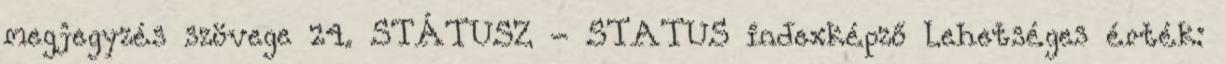
megjegyzés szövege 24. STÁTUSZ - STATUS indexképző Lehetséges érték: